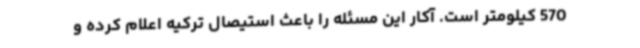
570 کیلومتر است. آکار این مسئله را باعث استیصال ترکیه اعلام کرده و